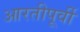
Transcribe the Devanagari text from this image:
आरतीपूर्वी